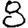
Digit: 8